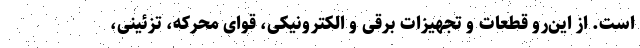
است. از این‌رو قطعات و تجهیزات برقی و الکترونیکی، قوای محرکه، تزئینی،